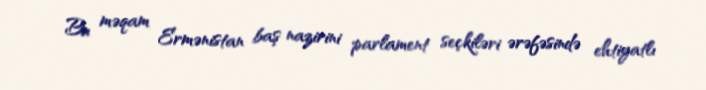
Bu məqam Ermənistan baş nazirini parlament seçkiləri ərəfəsində ehtiyatlı